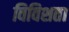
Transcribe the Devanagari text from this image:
विविशता